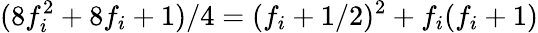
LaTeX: (8f_{i}^{2}+8f_{i}+1)/4=(f_{i}+1/2)^{2}+f_{i}(f_{i}+1)